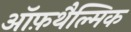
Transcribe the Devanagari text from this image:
ऑफ़थैल्मिक